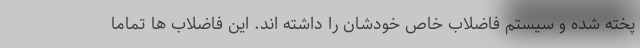
پخته شده و سیستم فاضلاب خاص خودشان را داشته اند. این فاضلاب ها تماماً